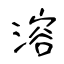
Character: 溶